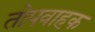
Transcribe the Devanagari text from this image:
तोपवाहक